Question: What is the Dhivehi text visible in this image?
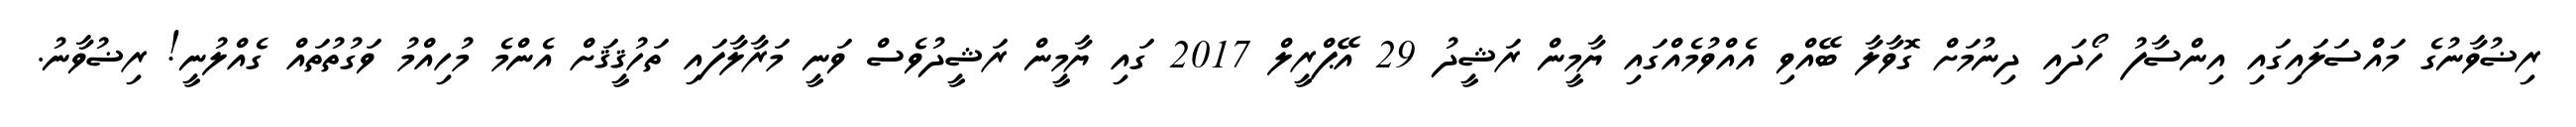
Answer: ރިޟުވާނުގެ މައްސަލައިގައި އިންސާފު ހޯދައި ދިނުމަށް ގޮވާލާ ބޭއްވި އެއްވުމެއްގައި ޔާމީން ރަޝީދު 29 އޭޕްރީލް 2017 ގައި ޔާމީން ރަޝީދުވެސް ވަނީ މަރާލާފައި ތަހުޤީޤަށް އެންމެ މުހިއްމު ވަގުތުތައް ގެއްލުނީ! ރިޟުވާނު.